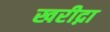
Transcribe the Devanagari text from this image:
खरीद्ना